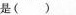
是( )